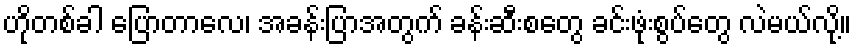
ဟိုတစ်ခါ ပြောတာလေ၊ အခန်းပြာအတွက် ခန်းဆီးစတွေ ခင်းဖုံးစွပ်တွေ လဲမယ်လို့။